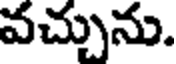
వచ్చును.